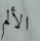
الألم